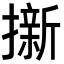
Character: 𭢭